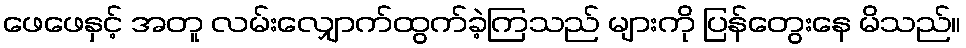
ဖေဖေနှင့် အတူ လမ်းလျှောက်ထွက်ခဲ့ကြသည် များကို ပြန်တွေးနေ မိသည်။